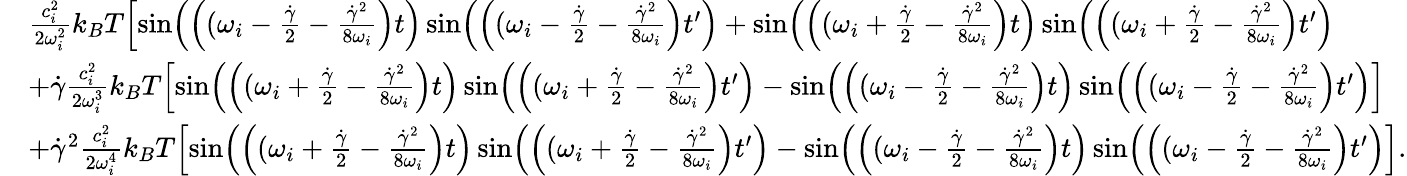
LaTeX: \begin{array}{rl}&{\frac{c_{i}^{2}}{2\omega_{i}^{2}}k_{B}T\Bigl[\sin\Bigl(\Bigl((\omega_{i}-\frac{\dot{\gamma}}{2}-\frac{\dot{\gamma}^{2}}{8\omega_{i}}\Bigr)t\Bigr)\sin\Bigl(\Bigl((\omega_{i}-\frac{\dot{\gamma}}{2}-\frac{\dot{\gamma}^{2}}{8\omega_{i}}\Bigr)t^{\prime}\Bigr)+\sin\Bigl(\Bigl((\omega_{i}+\frac{\dot{\gamma}}{2}-\frac{\dot{\gamma}^{2}}{8\omega_{i}}\Bigr)t\Bigr)\sin\Bigl(\Bigl((\omega_{i}+\frac{\dot{\gamma}}{2}-\frac{\dot{\gamma}^{2}}{8\omega_{i}}\Bigr)t^{\prime}\Bigr)}\\ &{+\dot{\gamma}\frac{c_{i}^{2}}{2\omega_{i}^{3}}k_{B}T\Bigl[\sin\Bigl(\Bigl((\omega_{i}+\frac{\dot{\gamma}}{2}-\frac{\dot{\gamma}^{2}}{8\omega_{i}}\Bigr)t\Bigr)\sin\Bigl(\Bigl((\omega_{i}+\frac{\dot{\gamma}}{2}-\frac{\dot{\gamma}^{2}}{8\omega_{i}}\Bigr)t^{\prime}\Bigr)-\sin\Bigl(\Bigl((\omega_{i}-\frac{\dot{\gamma}}{2}-\frac{\dot{\gamma}^{2}}{8\omega_{i}}\Bigr)t\Bigr)\sin\Bigl(\Bigl((\omega_{i}-\frac{\dot{\gamma}}{2}-\frac{\dot{\gamma}^{2}}{8\omega_{i}}\Bigr)t^{\prime}\Bigr)\Bigr]}\\ &{+\dot{\gamma}^{2}\frac{c_{i}^{2}}{2\omega_{i}^{4}}k_{B}T\Bigl[\sin\Bigl(\Bigl((\omega_{i}+\frac{\dot{\gamma}}{2}-\frac{\dot{\gamma}^{2}}{8\omega_{i}}\Bigr)t\Bigr)\sin\Bigl(\Bigl((\omega_{i}+\frac{\dot{\gamma}}{2}-\frac{\dot{\gamma}^{2}}{8\omega_{i}}\Bigr)t^{\prime}\Bigr)-\sin\Bigl(\Bigl((\omega_{i}-\frac{\dot{\gamma}}{2}-\frac{\dot{\gamma}^{2}}{8\omega_{i}}\Bigr)t\Bigr)\sin\Bigl(\Bigl((\omega_{i}-\frac{\dot{\gamma}}{2}-\frac{\dot{\gamma}^{2}}{8\omega_{i}}\Bigr)t^{\prime}\Bigr)\Bigr].}\end{array}